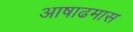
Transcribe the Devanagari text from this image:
अाषाढमास